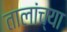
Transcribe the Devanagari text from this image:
तालांच्या